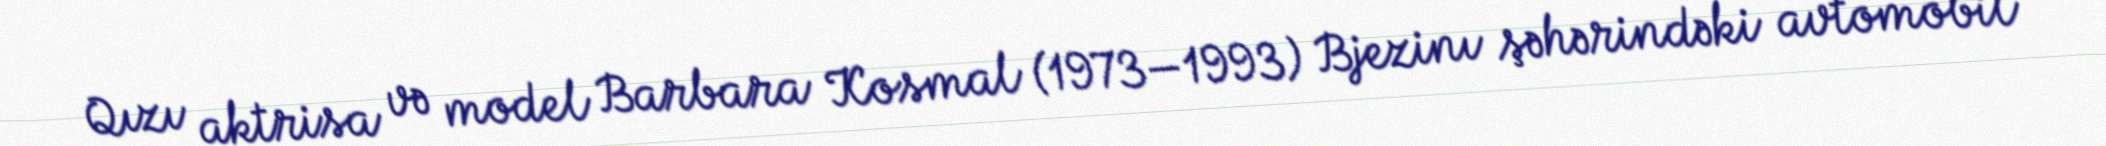
Qızı aktrisa və model Barbara Kosmal (1973—1993) Bjezinı şəhərindəki avtomobil